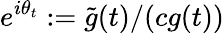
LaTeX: e^{i\theta_{t}}:=\tilde{g}(t)/(cg(t))